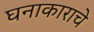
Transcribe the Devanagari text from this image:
घनाकाराचे